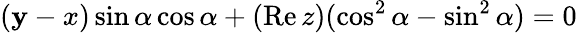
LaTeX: (\mathbf{y}-x)\sin\alpha\cos\alpha+(\mathrm{{Re}}\, z)(\cos^{2}\alpha-\sin^{2}\alpha)=0